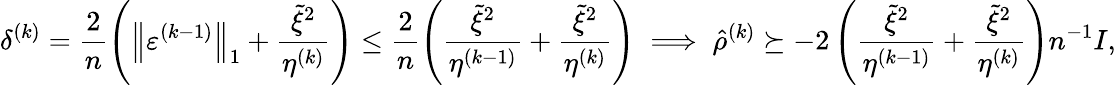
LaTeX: \delta^{(k)}=\frac{2}{n}\left(\left\| \varepsilon^{(k-1)}\right\| _{1}+\frac{\tilde{\xi}^{2}}{\eta^{(k)}}\right)\leq\frac{2}{n}\left(\frac{\tilde{\xi}^{2}}{\eta^{(k-1)}}+\frac{\tilde{\xi}^{2}}{\eta^{(k)}}\right)\implies\hat{\rho}^{(k)}\succeq-2\left(\frac{\tilde{\xi}^{2}}{\eta^{(k-1)}}+\frac{\tilde{\xi}^{2}}{\eta^{(k)}}\right)n^{-1}I,